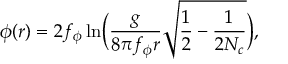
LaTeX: \phi ( r ) = 2 f _ { \phi } \ln \! \Big ( \frac { g } { 8 \pi f _ { \phi } r } \sqrt { \frac { 1 } { 2 } - \frac { 1 } { 2 N _ { c } } } \Big ) ,